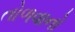
તોળવાનો